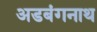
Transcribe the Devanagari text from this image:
अडबंगनाथ